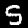
Label: 5